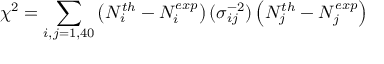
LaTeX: \chi ^ { 2 } = \sum _ { i , j = 1 , 4 0 } \left( N _ { i } ^ { t h } - N _ { i } ^ { e x p } \right) ( \sigma _ { i j } ^ { - 2 } ) \left( N _ { j } ^ { t h } - N _ { j } ^ { e x p } \right)